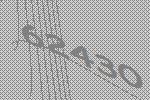
62430